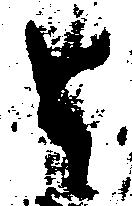
と